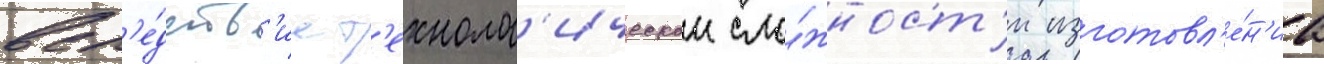
всл'е́дств'ие т'ехнолог'ическои сло́жност'и изготовл'е́н'иа